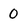
Character: 0